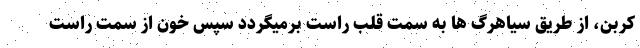
کربن، از طریق سیاهرگ ها به سمت قلب راست برمیگردد سپس خون از سمت راست